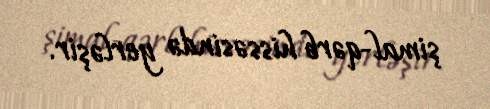
şimal-qərb hissəsində yerləşir.